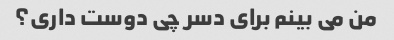
من می بینم برای دسر چی دوست داری؟